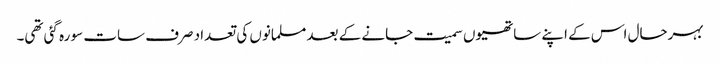
بہرحال اس کے اپنے ساتھیوں سمیت جانے کے بعد مسلمانوں کی تعداد صرف سات سو رہ گئی تھی۔